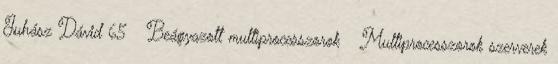
Juhász Dávid 65 Beágyazott multiprocesszorok ● Multiprocesszorok szerverek